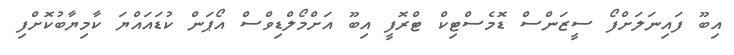
އިބޫ ފައިނަލަށްފޯ ސީޒަންސް ޑޮމެސްޓިކް ޓްރޮފީ އިބޫ އަށްމޯލްޑިވްސް އޯޕަން ކުޑައައްޔަ ކާމިޔާބުކޮށްފި